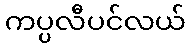
ကပ္ပလီပင်လယ်